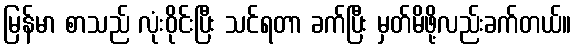
မြန်မာ စာသည် လုံးဝိုင်းပြီး သင်ရတာ ခက်ပြီး မှတ်မိဖို့လည်းခက်တယ်။